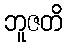
ဘူဇတိ